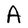
Character: A